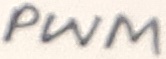
Text: PWM